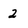
Character: 2